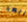
أيها